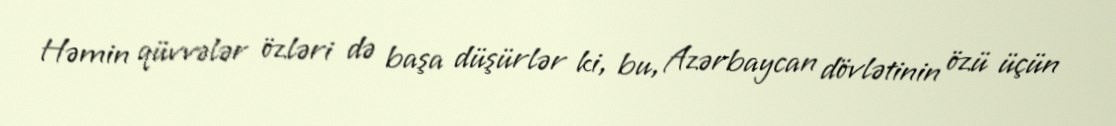
Həmin qüvvələr özləri də başa düşürlər ki, bu, Azərbaycan dövlətinin özü üçün